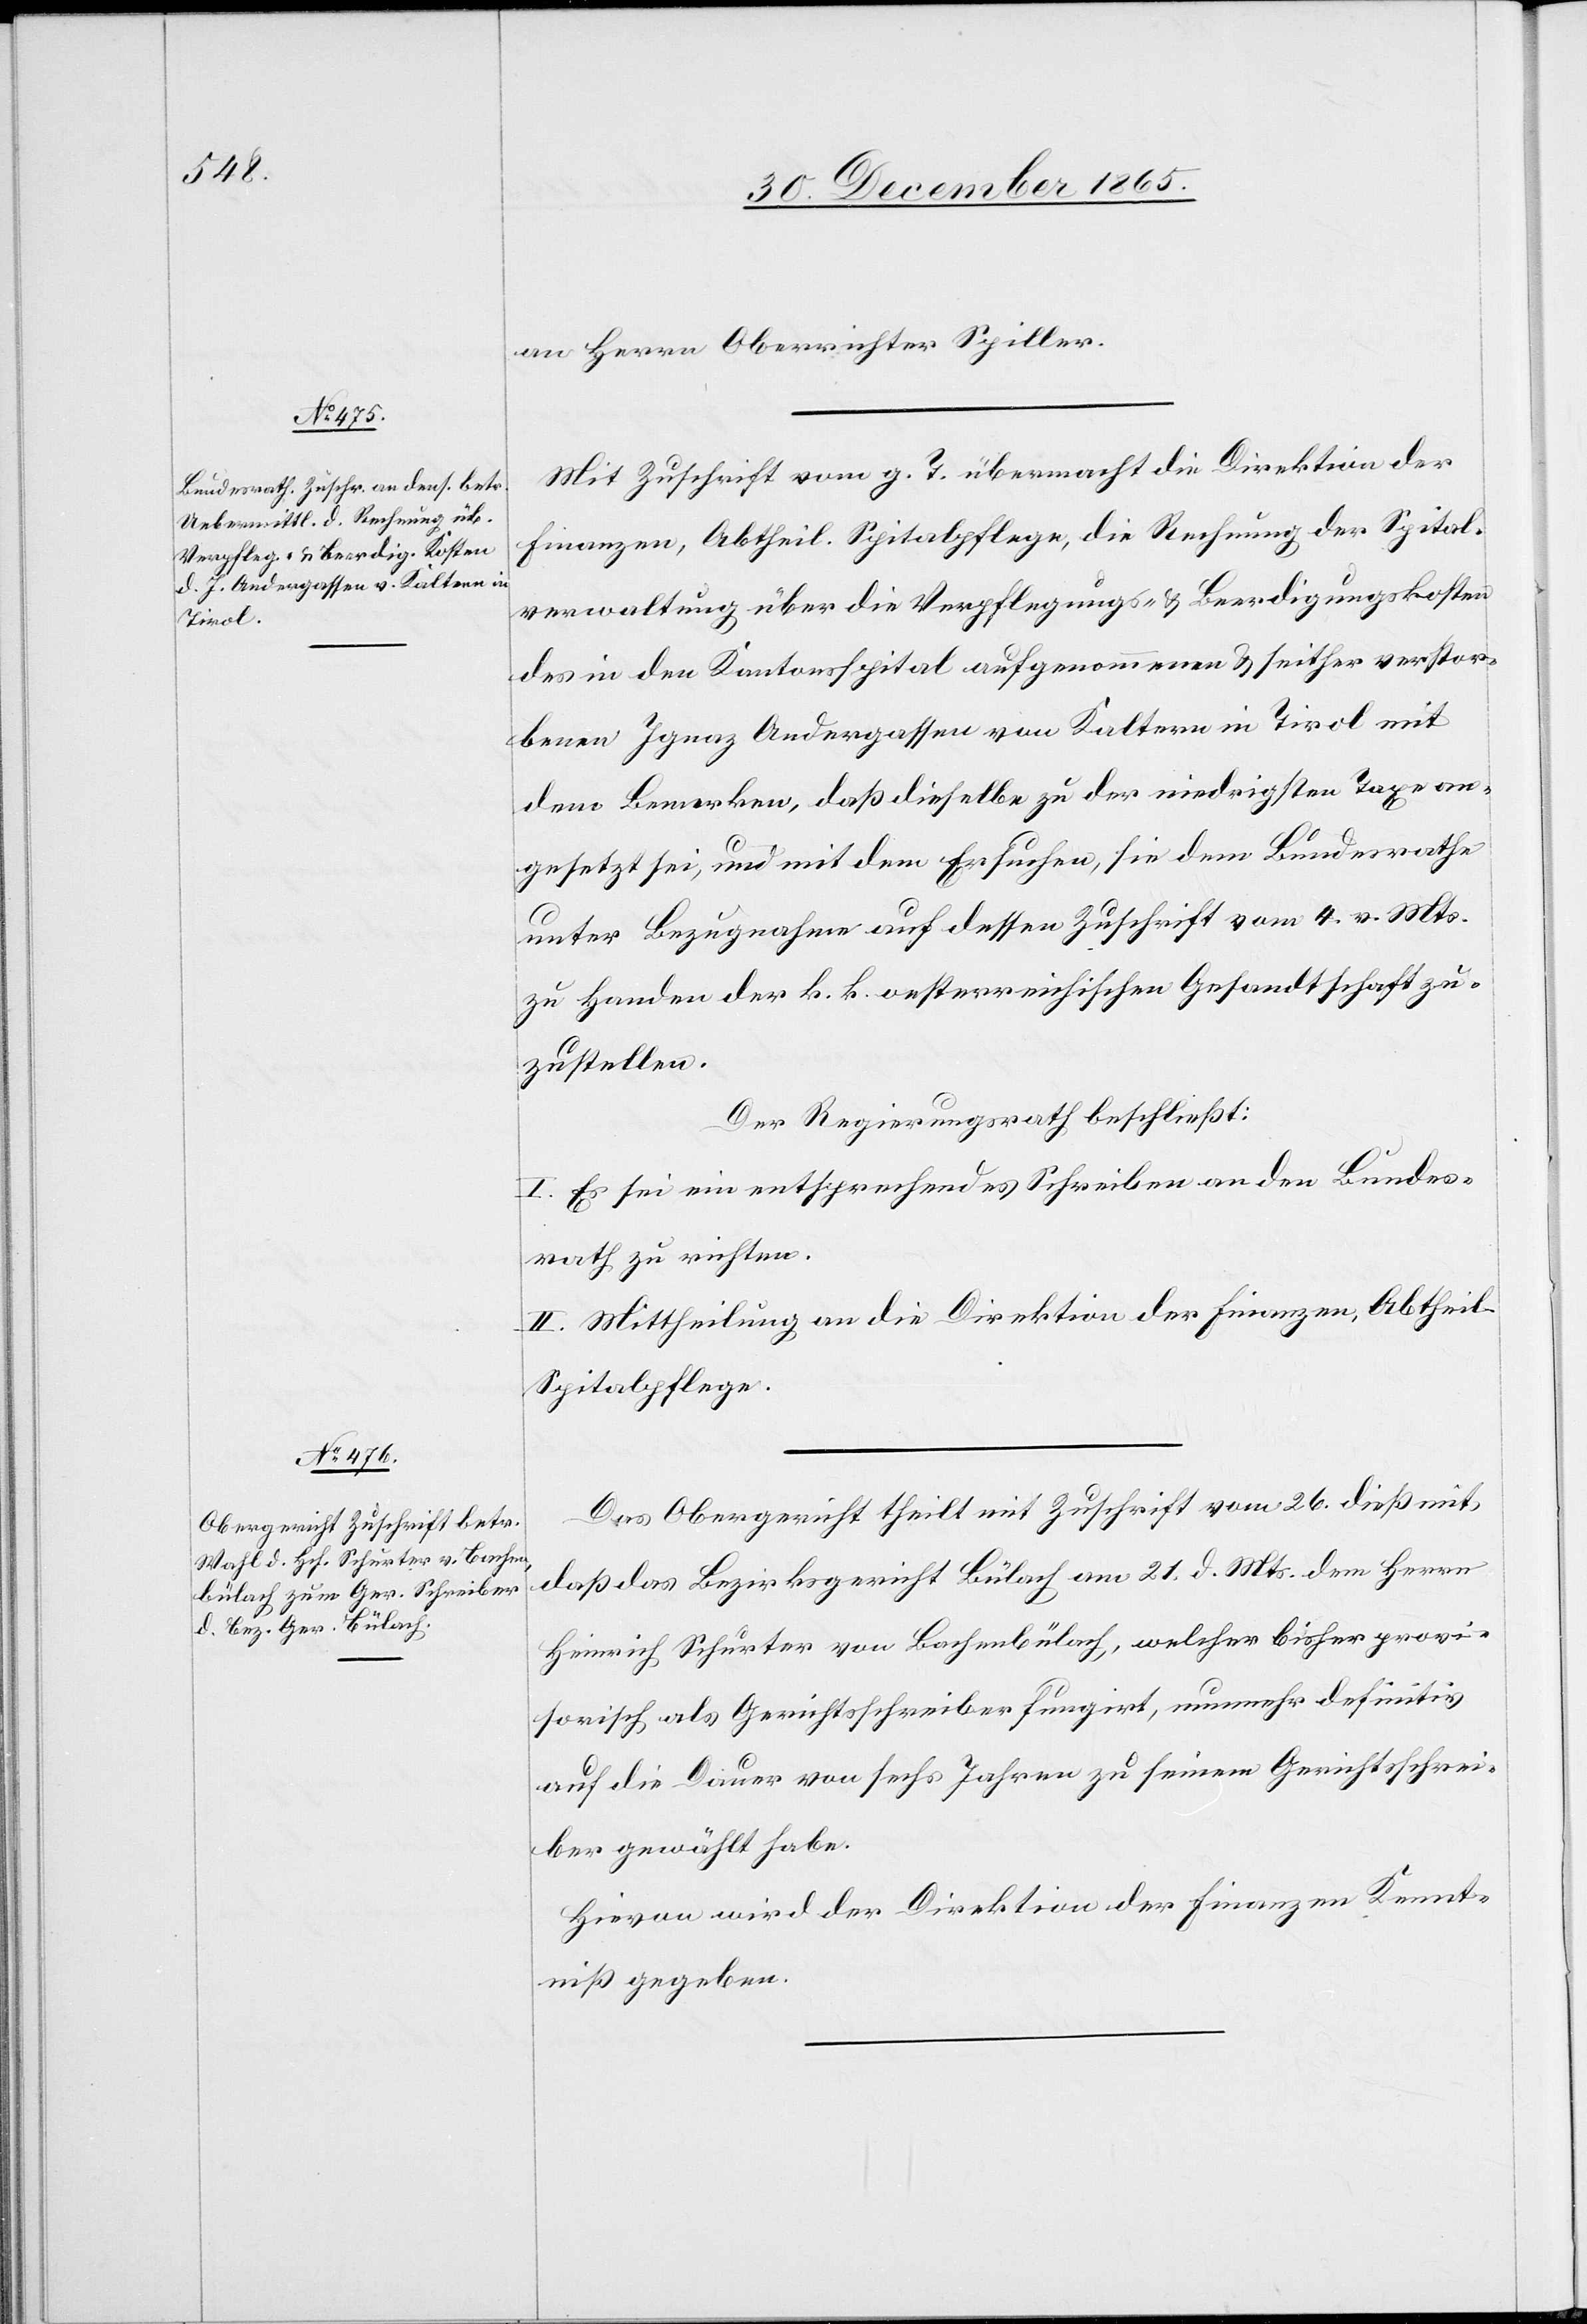
an Herrn Oberrichter Spiller.
Mit Zuschrift vom g. T. übermacht die Direktion der
Finanzen, Abtheil. Spitalpflege, die Rechnung der Spital¬
verwaltung über die Verpflegungs- & Beerdigungskosten
des in den Kantonsspital aufgenommenen & seither verstor¬
benen Ignaz Andergassen von Kalten in Tirol mit
dem Bemerken, daß dieselbe zu der niedrigsten Taxe an¬
gesetzt sei, und mit dem Ersuchen, sie dem Bundesrathe
unter Bezugnahme auf dessen Zuschrift vom 4. v. Mts.
zu Handen der k. k. oesterreichischen Gesandtschaft zu¬
zustellen.
Der Regierungsrath beschließt:
I. Es sei ein entsprechendes Schreiben an den Bundes¬
rath zu richten.
II. Mittheilung an die Direktion der Finanzen, Abtheil.
Spitalpflege.
Das Obergericht theilt mit Zuschrift vom 26. dieß mit,
daß das Bezirksgericht Bülach am 21. d. Mts. den Herrn
Heinrich Schurter von Bachenbülach, welcher bisher provi¬
sorisch als Gerichtsschreiber fungirt, nunmehr definitiv
auf die Dauer von sechs Jahren zu seinem Gerichtsschrei¬
ber gewählt habe.
Hievon wird der Direktion der Finanzen Kennt¬
niß gegeben.